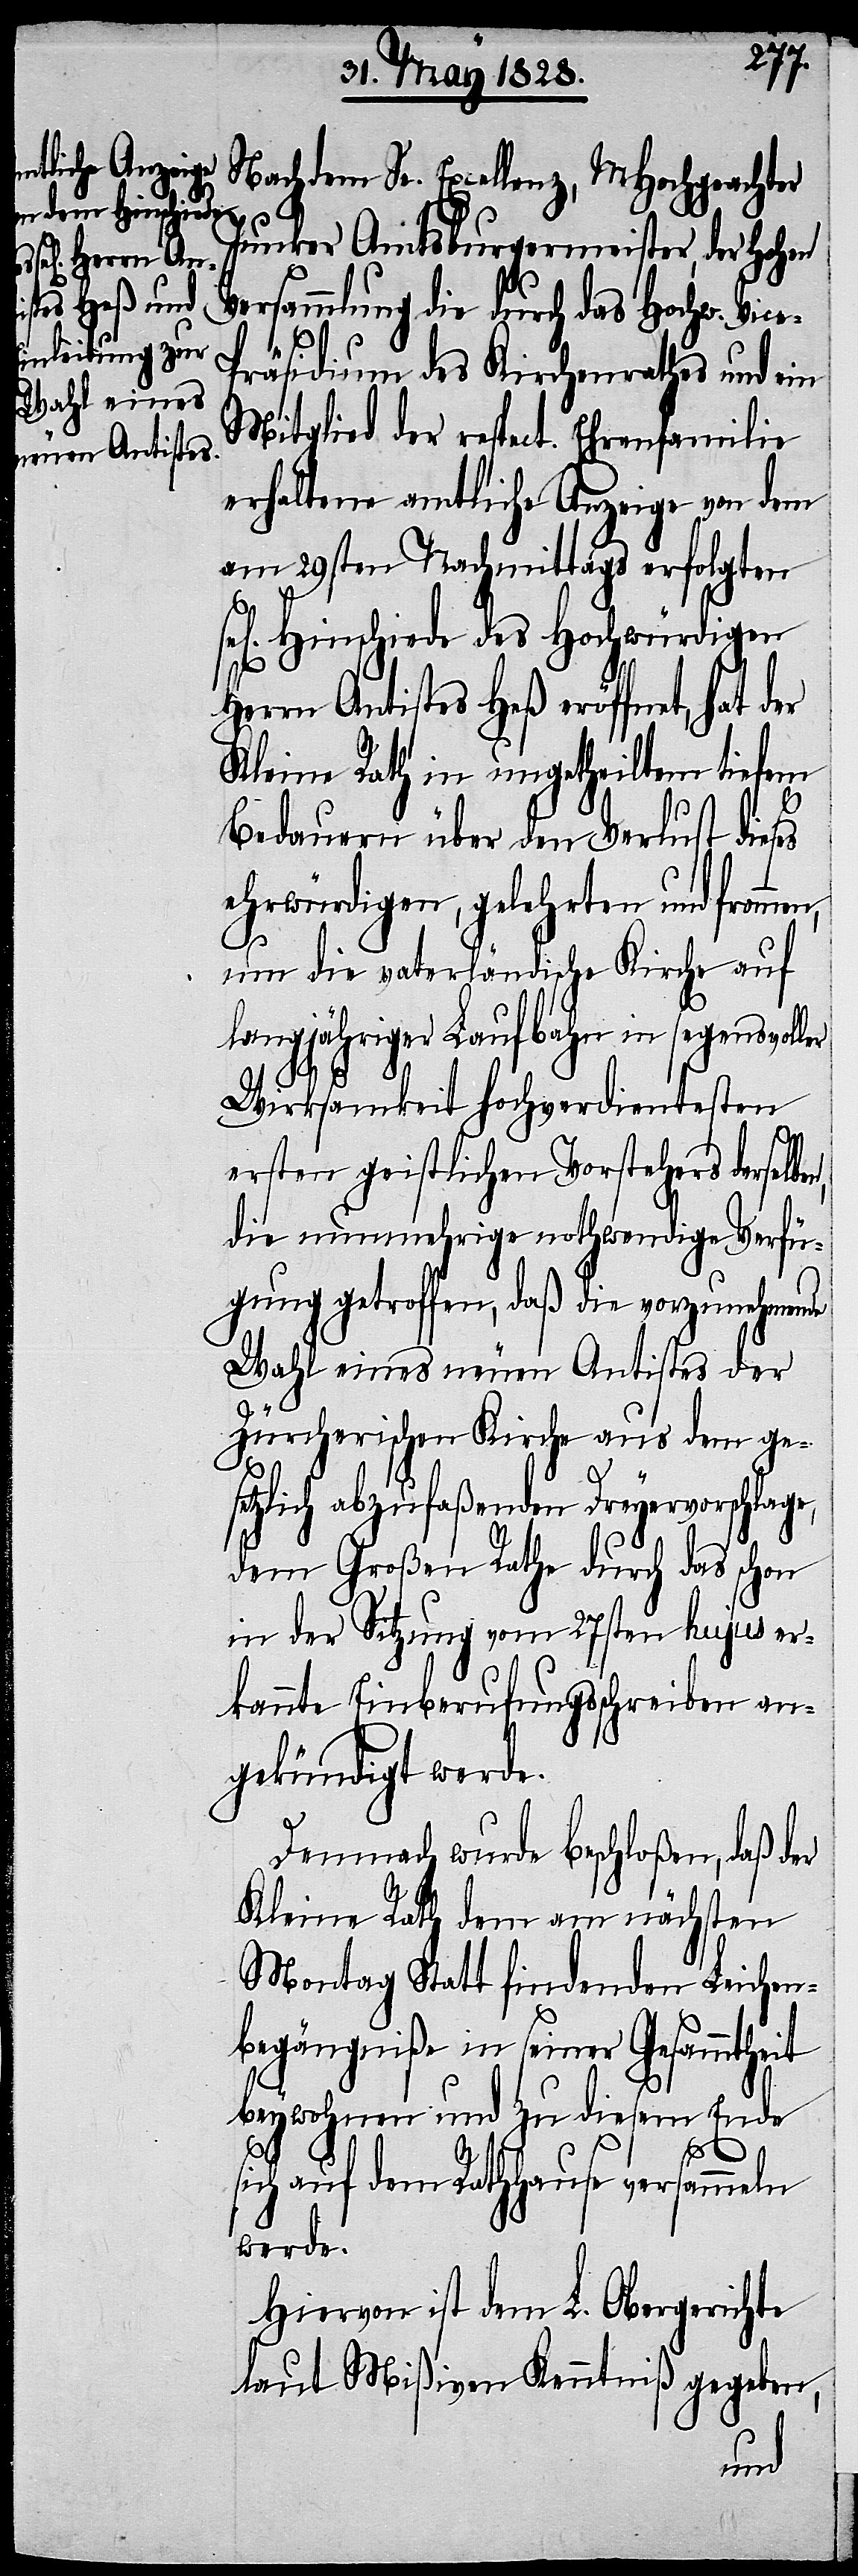
dem dem Sr. Excellenz, MHochgeachter
Junker Amtsburgermeister, der Hohen
Versammlung die durch das Hochw. Vic¬
räsidium des Kirchenrathes und ein
Mitglied der respect. Ehrenfamilie
erhaltene amtliche Anzeige von dem
am 29sten Nachmittags erfolgten
Hinschiede des Hochwürdigen
Herrn Antistes Heß eröffnet, hat d¬
Kleine Rath in ungetheiltem tiefem
Bedauern über den Verlust dieses
ehrwürdigen, gelehrten und fromme¬
it
um die vaterländische Kirche auf
langjähriger Laufbahn in segensvoller
Wirksamkeit hochverdientesten
ersten geistlichen Vorstehers derselbe¬
die nunmehrige nothwendige Verfü¬
gung getroffen, daß die vorzunehmende
Wahl eines neuen Antistes der
Zürcherischen Kirche aus dem ges¬
etzlich abzufaßenden Dreyervorschlage,
dem Großen Rathe durch das schon
in der Sitzung vom 27sten hujus er¬
kannte Einberufungsschreiben an¬
gekündigt werde.
Demnach wurde beschloßen, daß der
Kleine Rath dem am nächsten
Morgen Statt findenden Leichen¬
begängniße in seiner Gesammthe¬
beywohnen und zu diesem Ende
e-P¬
sich auf dem Rathhause versammeln
werde.
Hiervon ist dem L. Obergerichte
laut Mißiven Kenntniß gegeben,